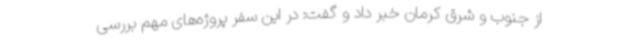
از جنوب و شرق کرمان خبر داد و گفت: در این سفر پروژه‌های مهم بررسی